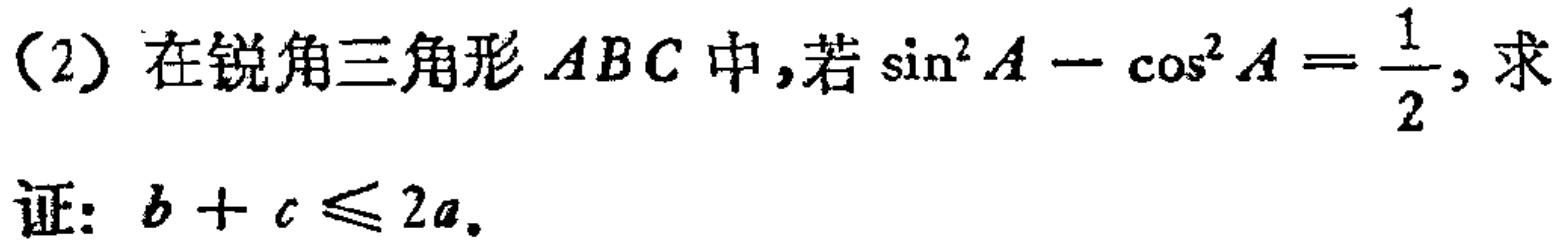
（2）在锐角三角形\(ABC\)中，若\(\sin^{2}A - \cos^{2}A = \frac{1}{2}\)，求证：\(b + c \leq 2a\)。